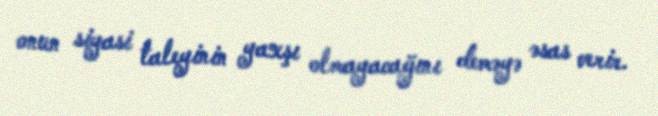
onun siyasi taleyinin yaxşı olmayacağını deməyə əsas verir.